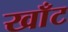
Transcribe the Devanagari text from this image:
खाँट